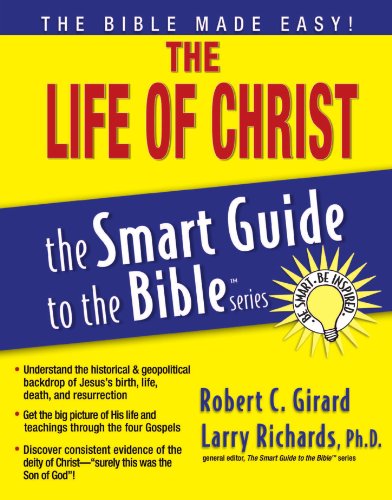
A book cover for The Life of Christ (The Smart Guide to the Bible Series); Robert C. Girard; Christian Books & Bibles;